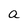
Character: a